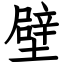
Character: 壁